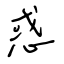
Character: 惑